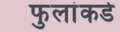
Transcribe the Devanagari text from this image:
फुलांकडे